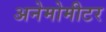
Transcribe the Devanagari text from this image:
अनेमोमीटर